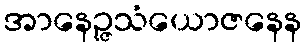
အာနေဉ္ဇသံယောဇနေန